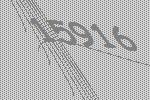
15916